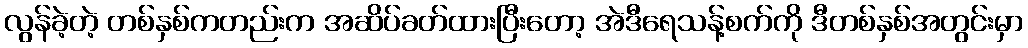
လွန်ခဲ့တဲ့ တစ်နှစ်ကတည်းက အဆိပ်ခတ်ထားပြီးတော့ အဲဒီရေသန့်စက်ကို ဒီတစ်နှစ်အတွင်းမှာ